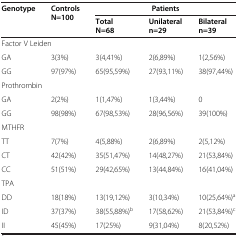
<table><thead><tr><td rowspan="2"><b>Genotype</b></td><td rowspan="2"><b>Controls N=100</b></td><td colspan="3"><b>Patients</b></td></tr><tr><td><b>Total N=68</b></td><td><b>Unilateral n=29</b></td><td><b>Bilateral n=39</b></td></tr></thead><tbody><tr><td colspan="5">Factor V Leiden</td></tr><tr><td>GA</td><td>3(3%)</td><td>3(4,41%)</td><td>2(6,89%)</td><td>1(2,56%)</td></tr><tr><td>GG</td><td>97(97%)</td><td>65(95,59%)</td><td>27(93,11%)</td><td>38(97,44%)</td></tr><tr><td colspan="5">Prothrombin</td></tr><tr><td>GA</td><td>2(2%)</td><td>1(1,47%)</td><td>1(3,44%)</td><td>0</td></tr><tr><td>GG</td><td>98(98%)</td><td>67(98,53%)</td><td>28(96,56%)</td><td>39(100%)</td></tr><tr><td colspan="5">MTHFR</td></tr><tr><td>TT</td><td>7(7%)</td><td>4(5,88%)</td><td>2(6,89%)</td><td>2(5,12%)</td></tr><tr><td>CT</td><td>42(42%)</td><td>35(51,47%)</td><td>14(48,27%)</td><td>21(53,84%)</td></tr><tr><td>CC</td><td>51(51%)</td><td>29(42,65%)</td><td>13(44,84%)</td><td>16(41,04%)</td></tr><tr><td colspan="5">TPA</td></tr><tr><td>DD</td><td>18(18%)</td><td>13(19,12%)</td><td>3(10,34%)</td><td>10(25,64%)<sup>a</sup></td></tr><tr><td>ID</td><td>37(37%)</td><td>38(55,88%)<sup>b</sup></td><td>17(58,62%)</td><td>21(53,84%)<sup>c</sup></td></tr><tr><td>II</td><td>45(45%)</td><td>17(25%)</td><td>9(31,04%)</td><td>8(20,52%)</td></tr></tbody></table>